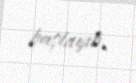
başlayıb.